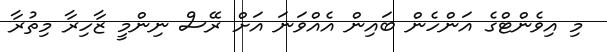
މި އިވެންޓްގެ އަންހެން ބައިން އެއްވަނަ އަށް ރޭސް ނިންމީ ޒާހިރާ މިތުރާ